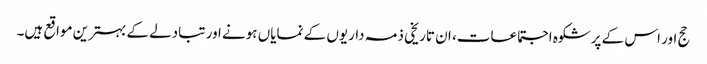
حج اور اس کے پرشکوہ اجتماعات، ان تاریخی ذمہ داریوں کے نمایاں ہونے اور تبادلے کے بہترین مواقع ہیں۔